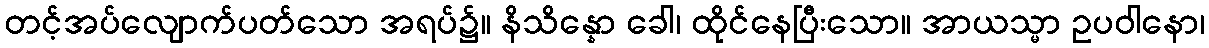
တင့်အပ်လျောက်ပတ်သော အရပ်၌။ နိသိန္နော ခေါ၊ ထိုင်နေပြီးသော။ အာယသ္မာ ဥပဝါနော၊